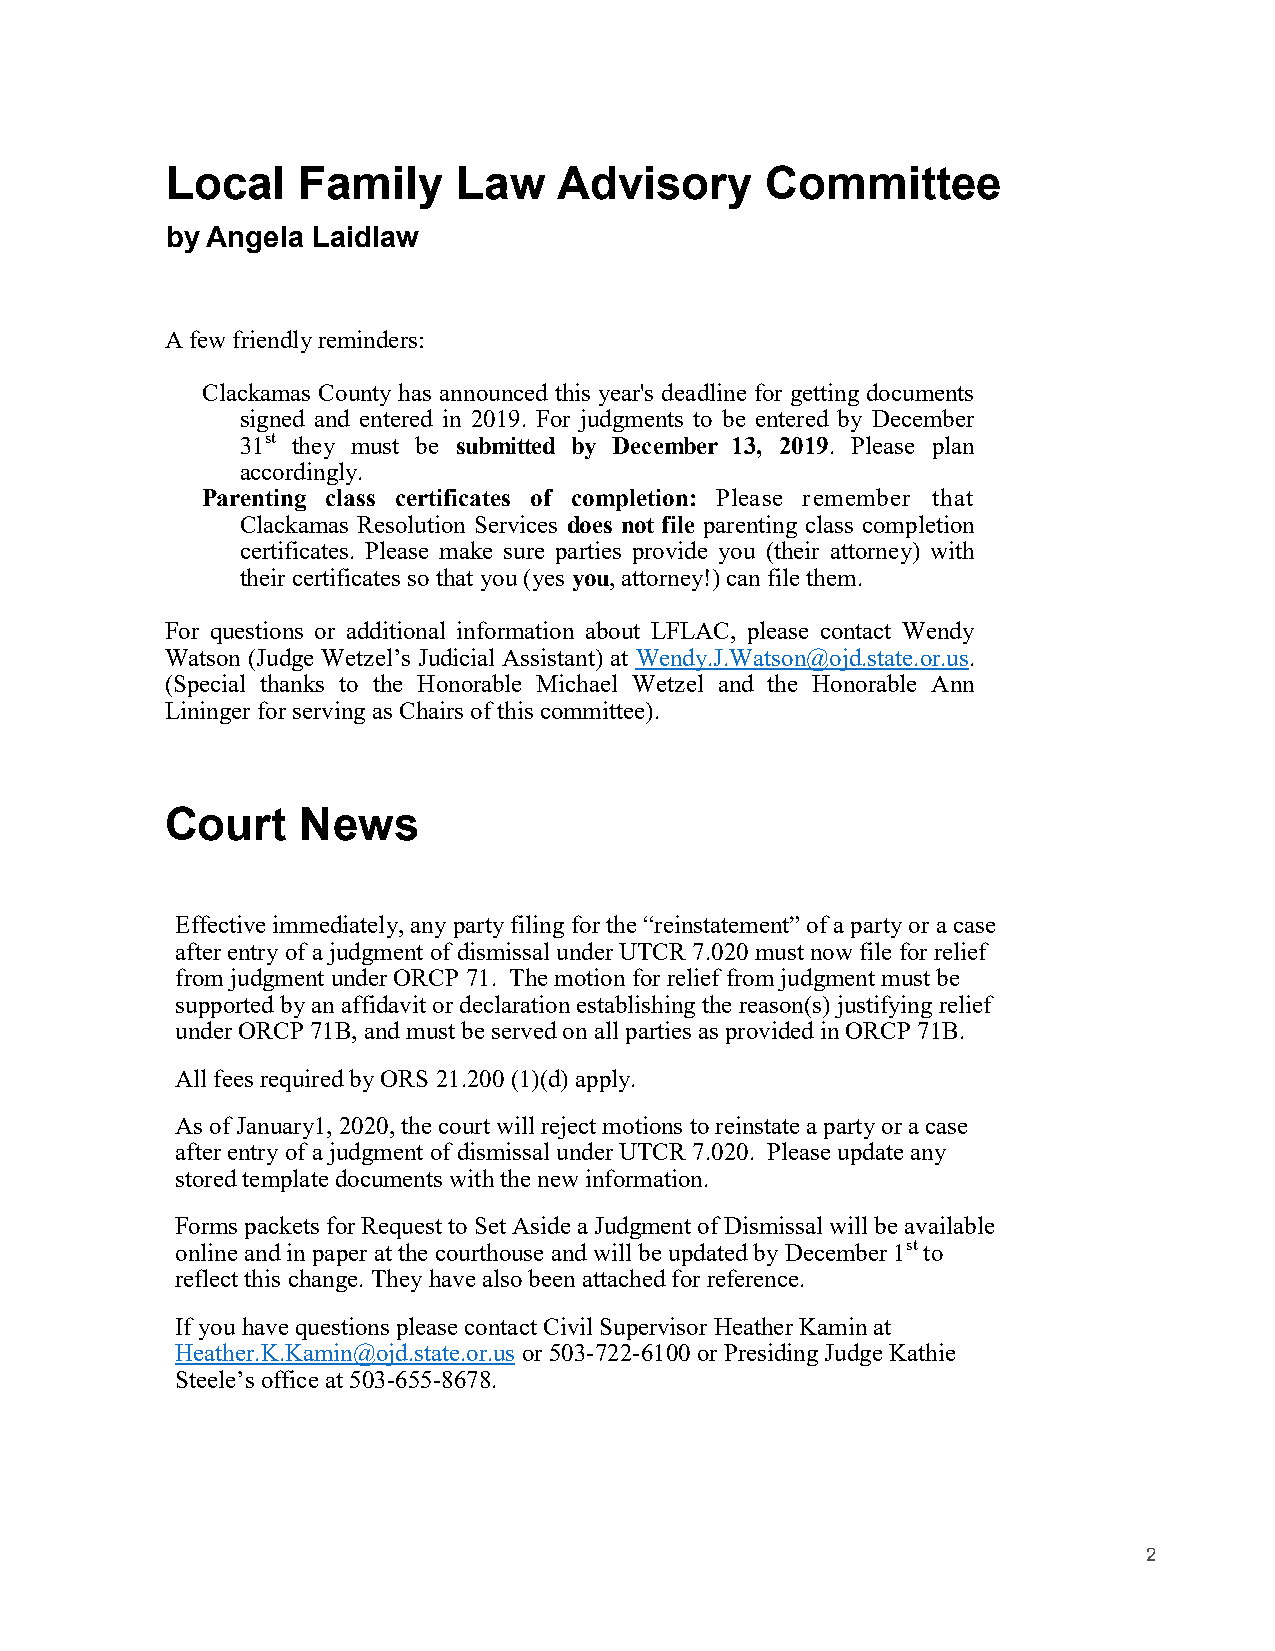
Local    Family    Law    Advisory      Committee
 by Angela Laidlaw
 A few friendly reminders:
 Clackamas County has announced this year's deadline for getting documents
 signed and entered in 2019. For judgments to be entered by December
 31st they must be submitted by December 13, 2019. Please plan
 accordingly.
 Parenting class certificates of completion: Please remember that
 Clackamas Resolution Services does not file parenting class completion
 certificates. Please make sure parties provide you (their attorney) with
 their certificates so that you (yes you, attorney!) can file them.
 For questions or additional information about LFLAC, please contact Wendy
 Watson (Judge Wetzel’s Judicial Assistant) at Wendy.J.Watson@ojd.state.or.us.
 (Special thanks to the Honorable Michael Wetzel and the Honorable Ann
 Lininger for serving as Chairs of this committee).
 Court    News
 Effective immediately, any party filing for the “reinstatement” of a party or a case
 after entry of a judgment of dismissal under UTCR 7.020 must now file for relief
 from judgment under ORCP 71. The motion for relief from judgment must be
 supported by an affidavit or declaration establishing the reason(s) justifying relief
 under ORCP 71B, and must be served on all parties as provided in ORCP 71B.
 All fees required by ORS 21.200 (1)(d) apply.
 As of January1, 2020, the court will reject motions to reinstate a party or a case
 after entry of a judgment of dismissal under UTCR 7.020. Please update any
 stored template documents with the new information.
 Forms packets for Request to Set Aside a Judgment of Dismissal will be available
 online and in paper at the courthouse and will be updated by December 1st to
 reflect this change. They have also been attached for reference.
 If you have questions please contact Civil Supervisor Heather Kamin at
 Heather.K.Kamin@ojd.state.or.us or 503-722-6100 or Presiding Judge Kathie
 Steele’s office at 503-655-8678.
 2